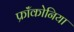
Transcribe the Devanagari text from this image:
फ्रॉंकोनिया